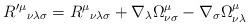
LaTeX: \begin{align*}R'^{\mu}{}_{\nu\lambda\sigma} = R^{\mu}{}_{\nu\lambda\sigma} +\nabla_\lambda \Omega^{\mu}_{\nu\sigma} - \nabla_\sigma\Omega^{\mu}_{\nu\lambda}\end{align*}